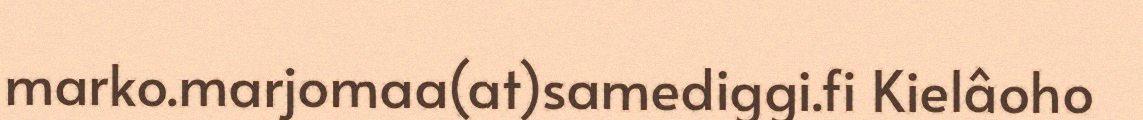
marko.marjomaa(at)samediggi.fi Kielâoho